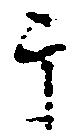
干